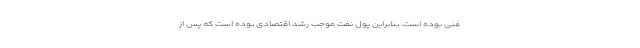
فنی بوده است. بنابراین پول نفت موجب رشد اقتصادی بوده است که پس از